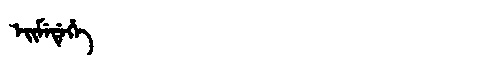
Manchu: ᡝᡳᠮᡝᡩᡝᡥᡝ
Romanization: EIMEDEHE